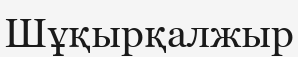
Шұқырқалжыр